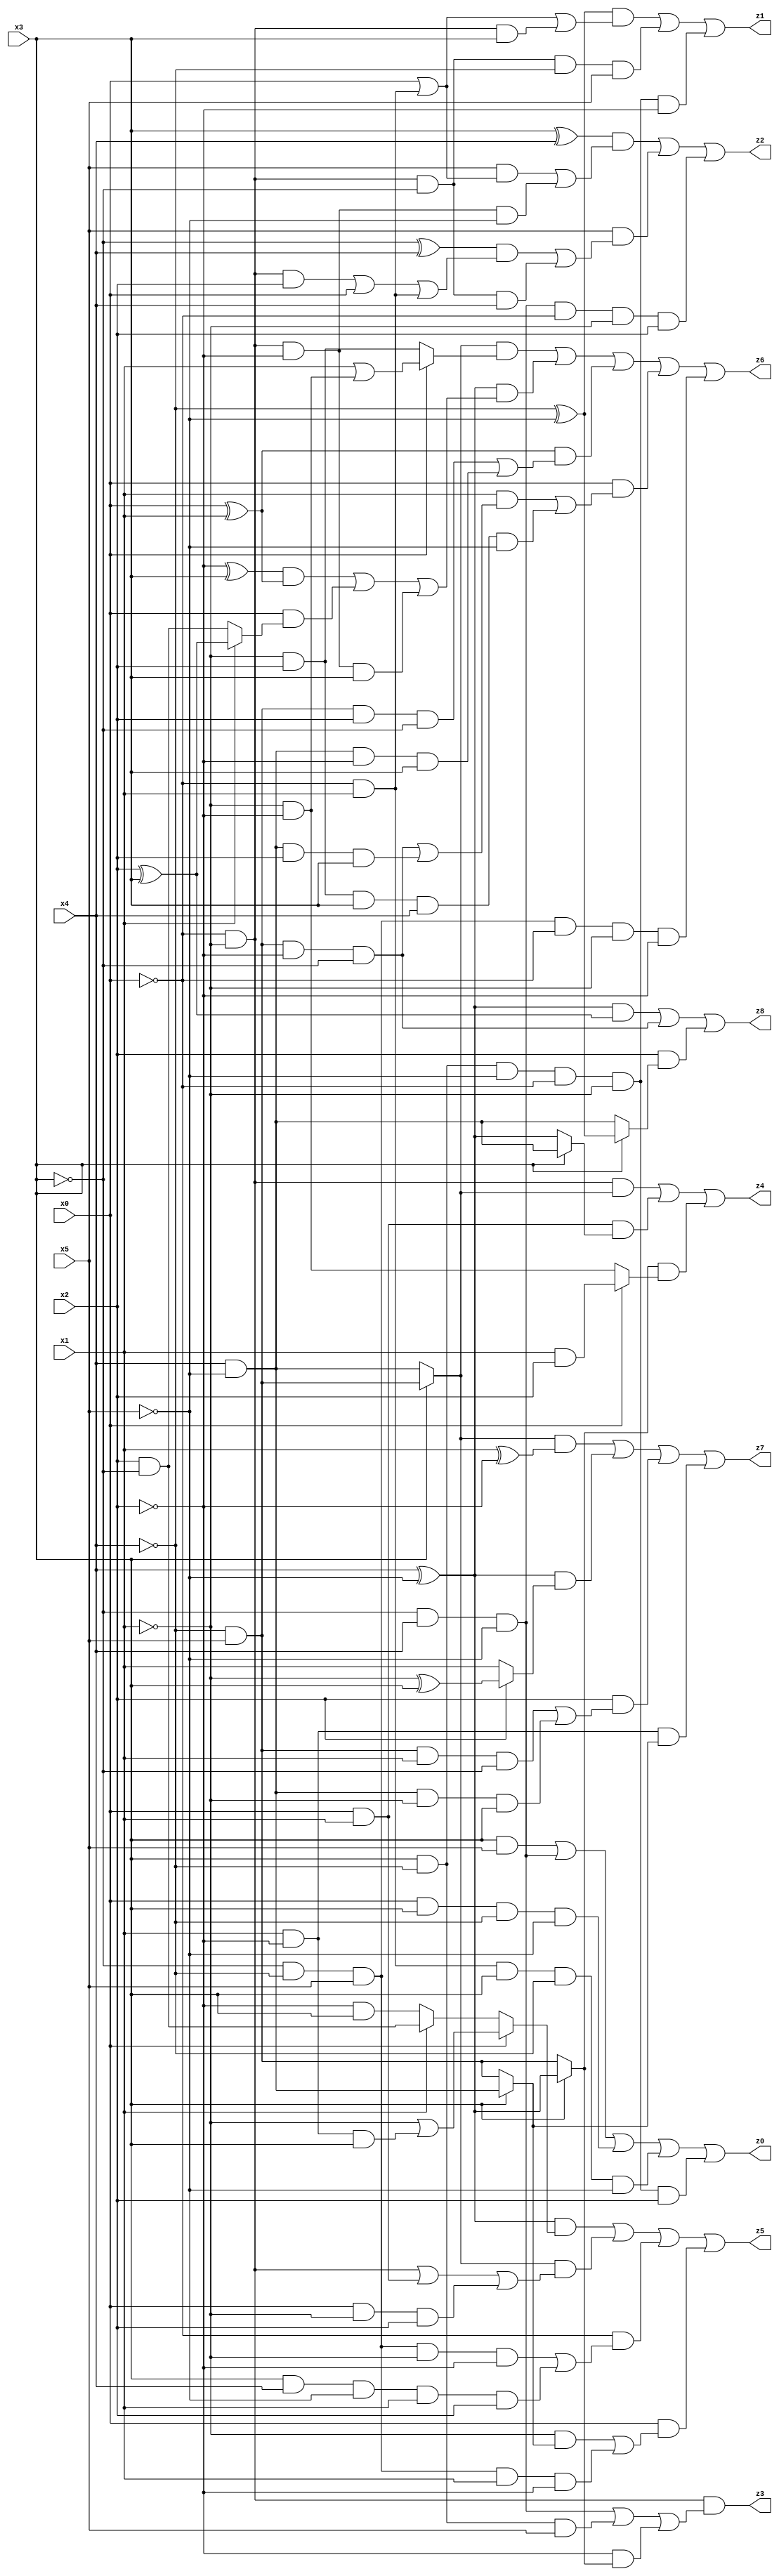
// Benchmark "X_64" written by ABC on Mon Jun 05 23:04:38 2023

module X_64 ( 
    x0, x1, x2, x3, x4, x5,
    z0, z1, z2, z3, z4, z5, z6, z7, z8  );
  input  x0, x1, x2, x3, x4, x5;
  output z0, z1, z2, z3, z4, z5, z6, z7, z8;
  assign z0 = (x3 & x5) | (~x3 & x4 & ~x5) | (x0 & x3 & ~x4 & ~x5) | (~x0 & x1 & x3 & ~x4 & ~x5) | (x3 & ~x4 & ~x5 & ~x0 & ~x1 & x2);
  assign z1 = ((~x4 ^ ~x5) & (x0 | (~x0 & x1) | (~x0 & ~x1 & x3))) | (~x0 & ~x1 & ~x3 & ~x4 & x5) | (x3 & ~x4 & ~x5 & ~x0 & ~x1 & ~x2);
  assign z2 = ((x3 ^ x4) & ((x5 & (x0 | (~x0 & x1))) | (~x0 & ~x1 & ~x2 & ~x5))) | (x5 & (((~x3 ^ x4) & ((~x0 & ~x1 & x2) | x0 | (~x0 & x1))) | (~x0 & ~x1 & ~x3 & x4))) | (~x3 & x4 & ~x5 & ~x0 & ~x1 & x2);
  assign z3 = ~x0 & ~x1 & ((~x3 & x4 & ~x5) | (x3 & ~x4 & x5) | (~x2 & (x3 ? (x4 ^ ~x5) : (~x4 & x5))));
  assign z4 = (~x0 & ~x1 & (x3 ? (~x4 & x5) : (x4 & ~x5))) | (x0 & x1 & (x3 ? (x4 & ~x5) : (x4 ^ ~x5))) | ((x3 ? (x4 ^ ~x5) : (~x4 & x5)) & (x0 ? (x1 & x2) : (~x1 & ~x2)));
  assign z5 = ((x4 ^ ~x5) & (x0 ? (~x1 | (x1 & ~x2 & x3)) : (x1 ? (x2 & ~x3) : (~x2 & x3)))) | ((x3 ? (~x4 & x5) : (x4 & ~x5)) & ((~x0 & ~x1) | (x0 & x1) | (x0 & ~x1 & x2))) | (~x0 & ((~x3 & ~x4 & x5 & ~x1 & ~x2) | (x3 & x4 & ~x5 & x1 & x2))) | (x0 & ((~x1 & (x3 ? (x4 & ~x5) : (~x4 & x5))) | (~x3 & ~x4 & x5 & x1 & ~x2)));
  assign z6 = ((x3 ? (~x4 & x5) : (x4 & ~x5)) & (x0 ? (x1 | (~x1 & ~x2)) : (~x1 & x2))) | ((x4 ^ ~x5) & (((~x2 ^ x3) & (x0 ^ x1)) | (x0 & (x1 ? (x2 ^ x3) : (x2 & ~x3))) | (~x0 & ~x1 & ~x2 & x3))) | ((x0 ^ x1) & ((~x4 & x5 & x2 & ~x3) | (x4 & ~x5 & ~x2 & x3))) | (x0 & ((x1 & ((~x4 & x5 & ~x2 & ~x3) | (x4 & ~x5 & x2 & x3))) | (~x1 & x2 & x3 & x4 & ~x5))) | (~x3 & ~x4 & x5 & ~x0 & ~x1 & ~x2);
  assign z7 = ((x3 ? (~x4 & x5) : (x4 & ~x5)) & (x1 ^ ~x2)) | ((x4 ^ ~x5) & (x2 ? (~x1 ^ x3) : x1)) | (x2 & ((~x4 & x5 & x1 & ~x3) | (x4 & ~x5 & ~x1 & x3))) | (x1 & ~x2 & (x3 ? (x4 & ~x5) : (~x4 & x5)));
  assign z8 = ((x4 ^ ~x5) & (x2 ^ x3)) | (~x4 & x5 & ~x2 & ~x3) | (x2 & (x3 ? (~x4 ^ ~x5) : (x4 & ~x5)));
endmodule